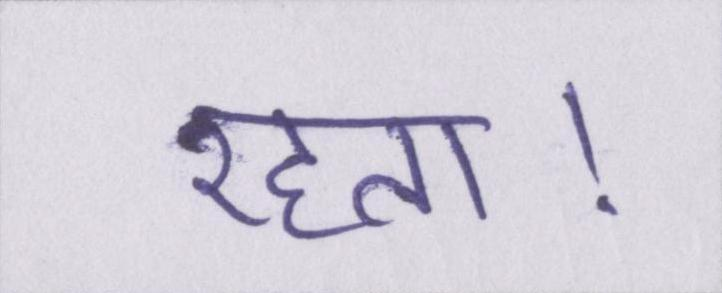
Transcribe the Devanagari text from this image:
रहता।